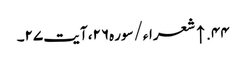
۴۴. ↑ شعراء/سوره۲۶، آیت ۲۷۔